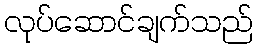
လုပ်ဆောင်ချက်သည်